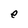
Character: e